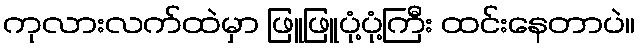
ကုလားလက်ထဲမှာ ဖြူဖြူပုံ့ပုံ့ကြီး ထင်းနေတာပဲ။